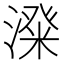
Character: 𣻬